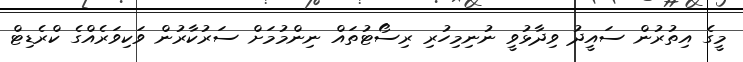
މީގެ އިތުރުން ސައީދު ވިދާޅުވީ ނުނިމިހުރި ރިސޯޓުތައް ނިންމުމަށް ސަރުކާރުން ވަކިވަރެއްގެ ކްރެޑިޓް